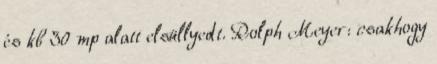
és kb 30 mp alatt elsüllyedt. Rolph Meyer: csakhogy